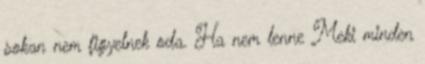
sokan nem figyelnek oda. Ha nem lenne Meki minden